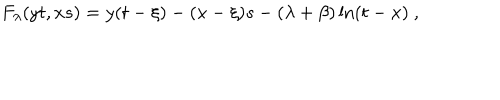
F _ { \lambda } ( y t , x s ) = y ( t - \xi ) - ( x - \xi ) s - ( \lambda + \beta ) \ln ( t - x ) ~ ,